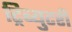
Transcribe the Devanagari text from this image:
ट्रिब्युटरी